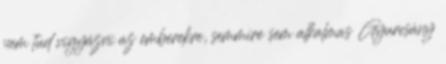
nem tud vigyázni az emberekre, semmire sem alkalmas Gyurcsány